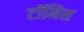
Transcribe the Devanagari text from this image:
टॉमिस